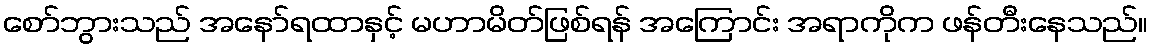
စော်ဘွားသည် အနော်ရထာနှင့် မဟာမိတ်ဖြစ်ရန် အကြောင်း အရာကိုက ဖန်တီးနေသည်။